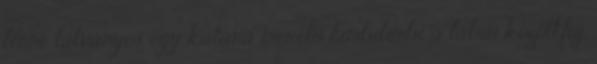
lenne látványos egy katana méretű himbilimbi a lábai között.fúj.